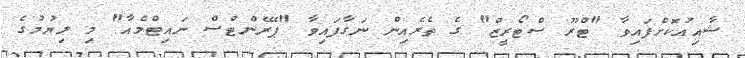
ޝާއިއުކޮށްފައިވާ "ޓްރޫ ސްޓޯރީޒް" ގެ ތެރެއިން ނަގާފައިވާ "ޕޭރެންޓްސް ނައިޓްމެއާ" މި ލިޔުމުގެ